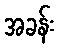
အခန်း